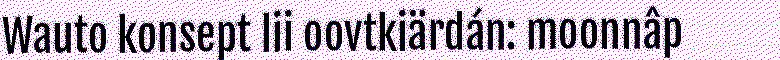
Wauto konsept lii oovtkiärdán: moonnâp